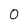
Character: 0